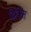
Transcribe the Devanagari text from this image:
द्रिश्ति